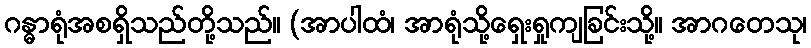
ဂန္ဓာရုံအစရှိသည်တို့သည်။ (အာပါထံ၊ အာရုံသို့ရှေးရှုကျခြင်းသို့။ အာဂတေသု၊